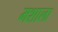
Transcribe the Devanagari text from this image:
मशाला